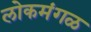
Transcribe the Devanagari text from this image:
लोकमंगळ